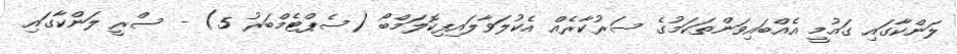
ލަންކާގައި ގައުމީ އެއްބައިވަންތަކަމުގެ ސަރުކާރެއް އެކުލަވާލައިފިކޮލަމްބޯ (ސެޕްޓެމްބަރު 5) - ސްރީ ލަންކާގައި